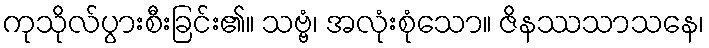
ကုသိုလ်ပွားစီးခြင်း၏။ သဗ္ဗံ၊ အလုံးစုံသော။ ဇိနဿသာသနေ၊